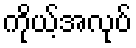
ကိုယ့်အလုပ်